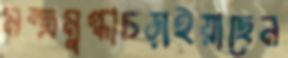
মন্ত্রমুগ্ধাচড়াইয়াছেন